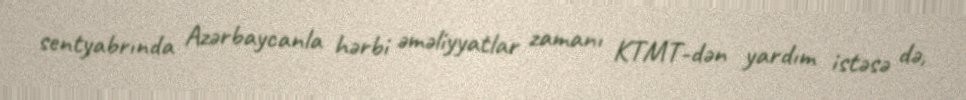
sentyabrında Azərbaycanla hərbi əməliyyatlar zamanı KTMT-dən yardım istəsə də,